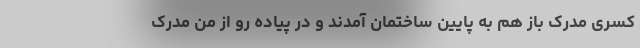
کسری مدرک باز هم به پایین ساختمان آمدند و در پیاده رو از من مدرک